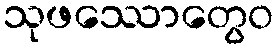
သုဖဿောတွေဝ